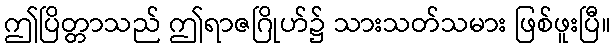
ဤပြိတ္တာသည် ဤရာဇဂြိုဟ်၌ သားသတ်သမား ဖြစ်ဖူးပြီ။